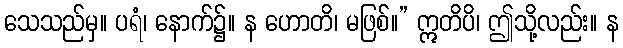
သေသည်မှ။ ပရံ၊ နောက်၌။ န ဟောတိ၊ မဖြစ်။” ဣတိပိ၊ ဤသို့လည်း။ န